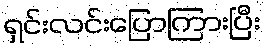
ရှင်းလင်းပြောကြားပြီး